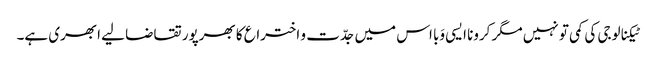
ٹیکنالوجی کی کمی تو نہیں مگر کرونا ایسی وَبا اس میں جدّت و اختراع کا بھرپور تقاضا لیے ابھری ہے۔